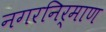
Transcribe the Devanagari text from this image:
नगरनिर्माण